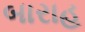
બારાહ